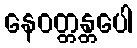
နေဝတ္တန္တပေါ